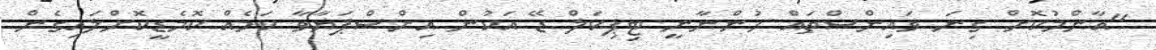
"އާންމުކޮށް ގިނަ ވައިންސްތައް ހުންނާނީ ޓިޕިކަލް ޑޭ އަކުން އިންސްޕަޔާވާ ކަމެއް ކޮމެޑީކޮށްލައިގެން